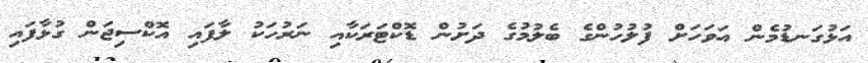
އަޅުގަނޑުމެން އަވަހަށް ފުލުހުންގެ ބެލުމުގެ ދަށުން ޑޮކްޓަރަކާއި ނަރުހަކު ލާފައި އޮކްސިޖަން ގުޅާފައި